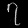
Digit: ၇